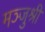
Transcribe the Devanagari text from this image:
मञ्जुश्री